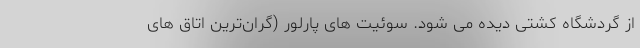
از گردشگاه کشتی دیده می شود. سوئیت های پارلور (گران‌ترین اتاق های